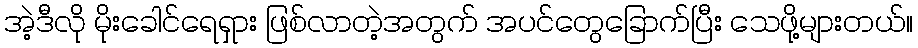
အဲ့ဒီလို မိုးခေါင်ရေရှား ဖြစ်လာတဲ့အတွက် အပင်တွေခြောက်ပြီး သေဖို့များတယ်။